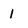
Character: 1